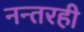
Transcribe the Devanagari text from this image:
नन्तरही